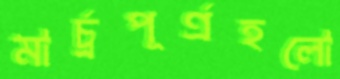
মার্চ্রপূর্ণ্রহলো